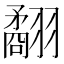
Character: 𦒑